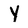
Character: Y